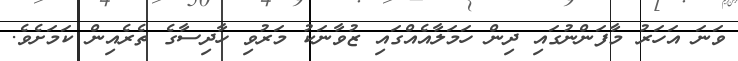
ވަނަ އަހަރު މާފަންނުގައި ދިން ހަމަލާއެއްގައި ޒުވާނަކު މަރުވި ހާދިސާގެ ތެރެއިން ކަމަށެވެ.